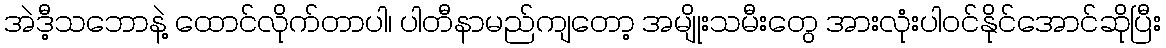
အဲဒီ့သဘောနဲ့ ထောင်လိုက်တာပါ၊ ပါတီနာမည်ကျတော့ အမျိုးသမီးတွေ အားလုံးပါဝင်နိုင်အောင်ဆိုပြီး